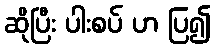
ဆိုပြီး ပါးစပ် ဟ ပြ၍